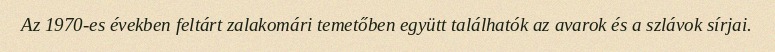
Az 1970-es években feltárt zalakomári temetőben együtt találhatók az avarok és a szlávok sírjai.